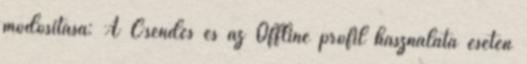
módosítása: A Csendes és az Offline profil használata esetén